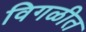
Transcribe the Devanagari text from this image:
विगळीत